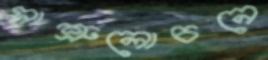
সাশ্রুলোচনে